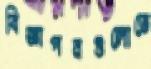
বিজ্ঞাপনগুলোতে